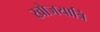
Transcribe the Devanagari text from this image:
खोजयात्रि